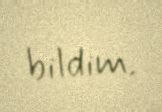
bildim.